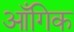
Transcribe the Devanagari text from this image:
आँगिक